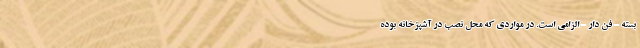
بسته - فن دار - الزامی است. در مواردی که محل نصب در آشپزخانه بوده